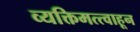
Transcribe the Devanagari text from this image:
व्यक्तिमत्त्वाहून